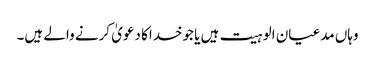
وہاں مدعیان الوہیت ہیں یا جوخداکا دعویٰ کرنے والے ہیں۔